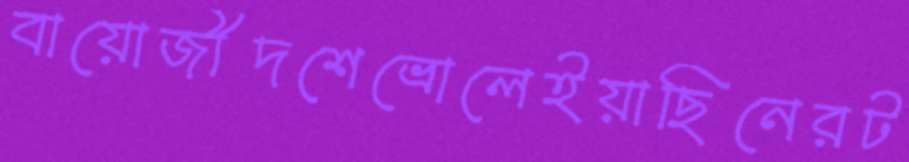
বায়োজীদশেভ্রোলেইয়াছিনেরট